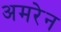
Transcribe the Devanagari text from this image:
अमरेन